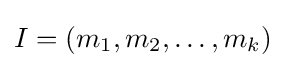
I=(m_{1},m_{2},\dotsc ,m_{k})